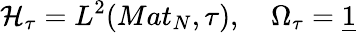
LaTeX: \mathcal{H}_{\tau}=L^{2}(Mat_{N},\tau),\quad\Omega_{\tau}=\underline{{{1}}}